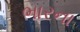
ભારના